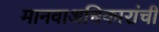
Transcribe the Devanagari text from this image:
मानवाअधिकारांची